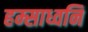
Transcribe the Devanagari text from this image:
हम्साध्वनि